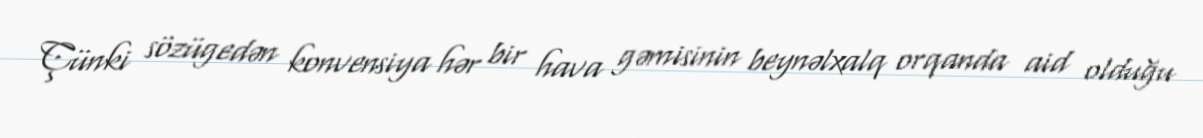
Çünki sözügedən konvensiya hər bir hava gəmisinin beynəlxalq orqanda aid olduğu